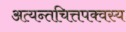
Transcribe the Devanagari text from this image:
अत्यन्तचित्तपक्वस्य